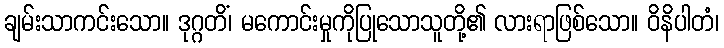
ချမ်းသာကင်းသော။ ဒုဂ္ဂတိံ၊ မကောင်းမှုကိုပြုသောသူတို့၏ လားရာဖြစ်သော။ ဝိနိပါတံ၊